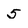
Character: 5